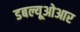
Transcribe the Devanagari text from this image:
डबल्यूओआर